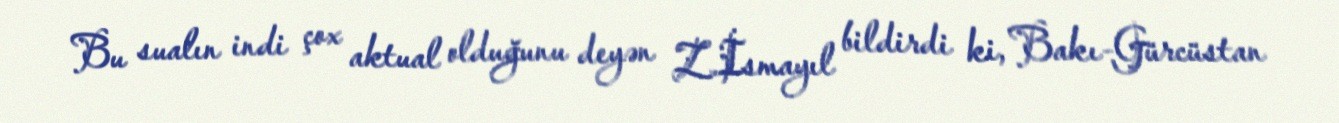
Bu sualın indi çox aktual olduğunu deyən Z.İsmayıl bildirdi ki, Bakı-Gürcüstan